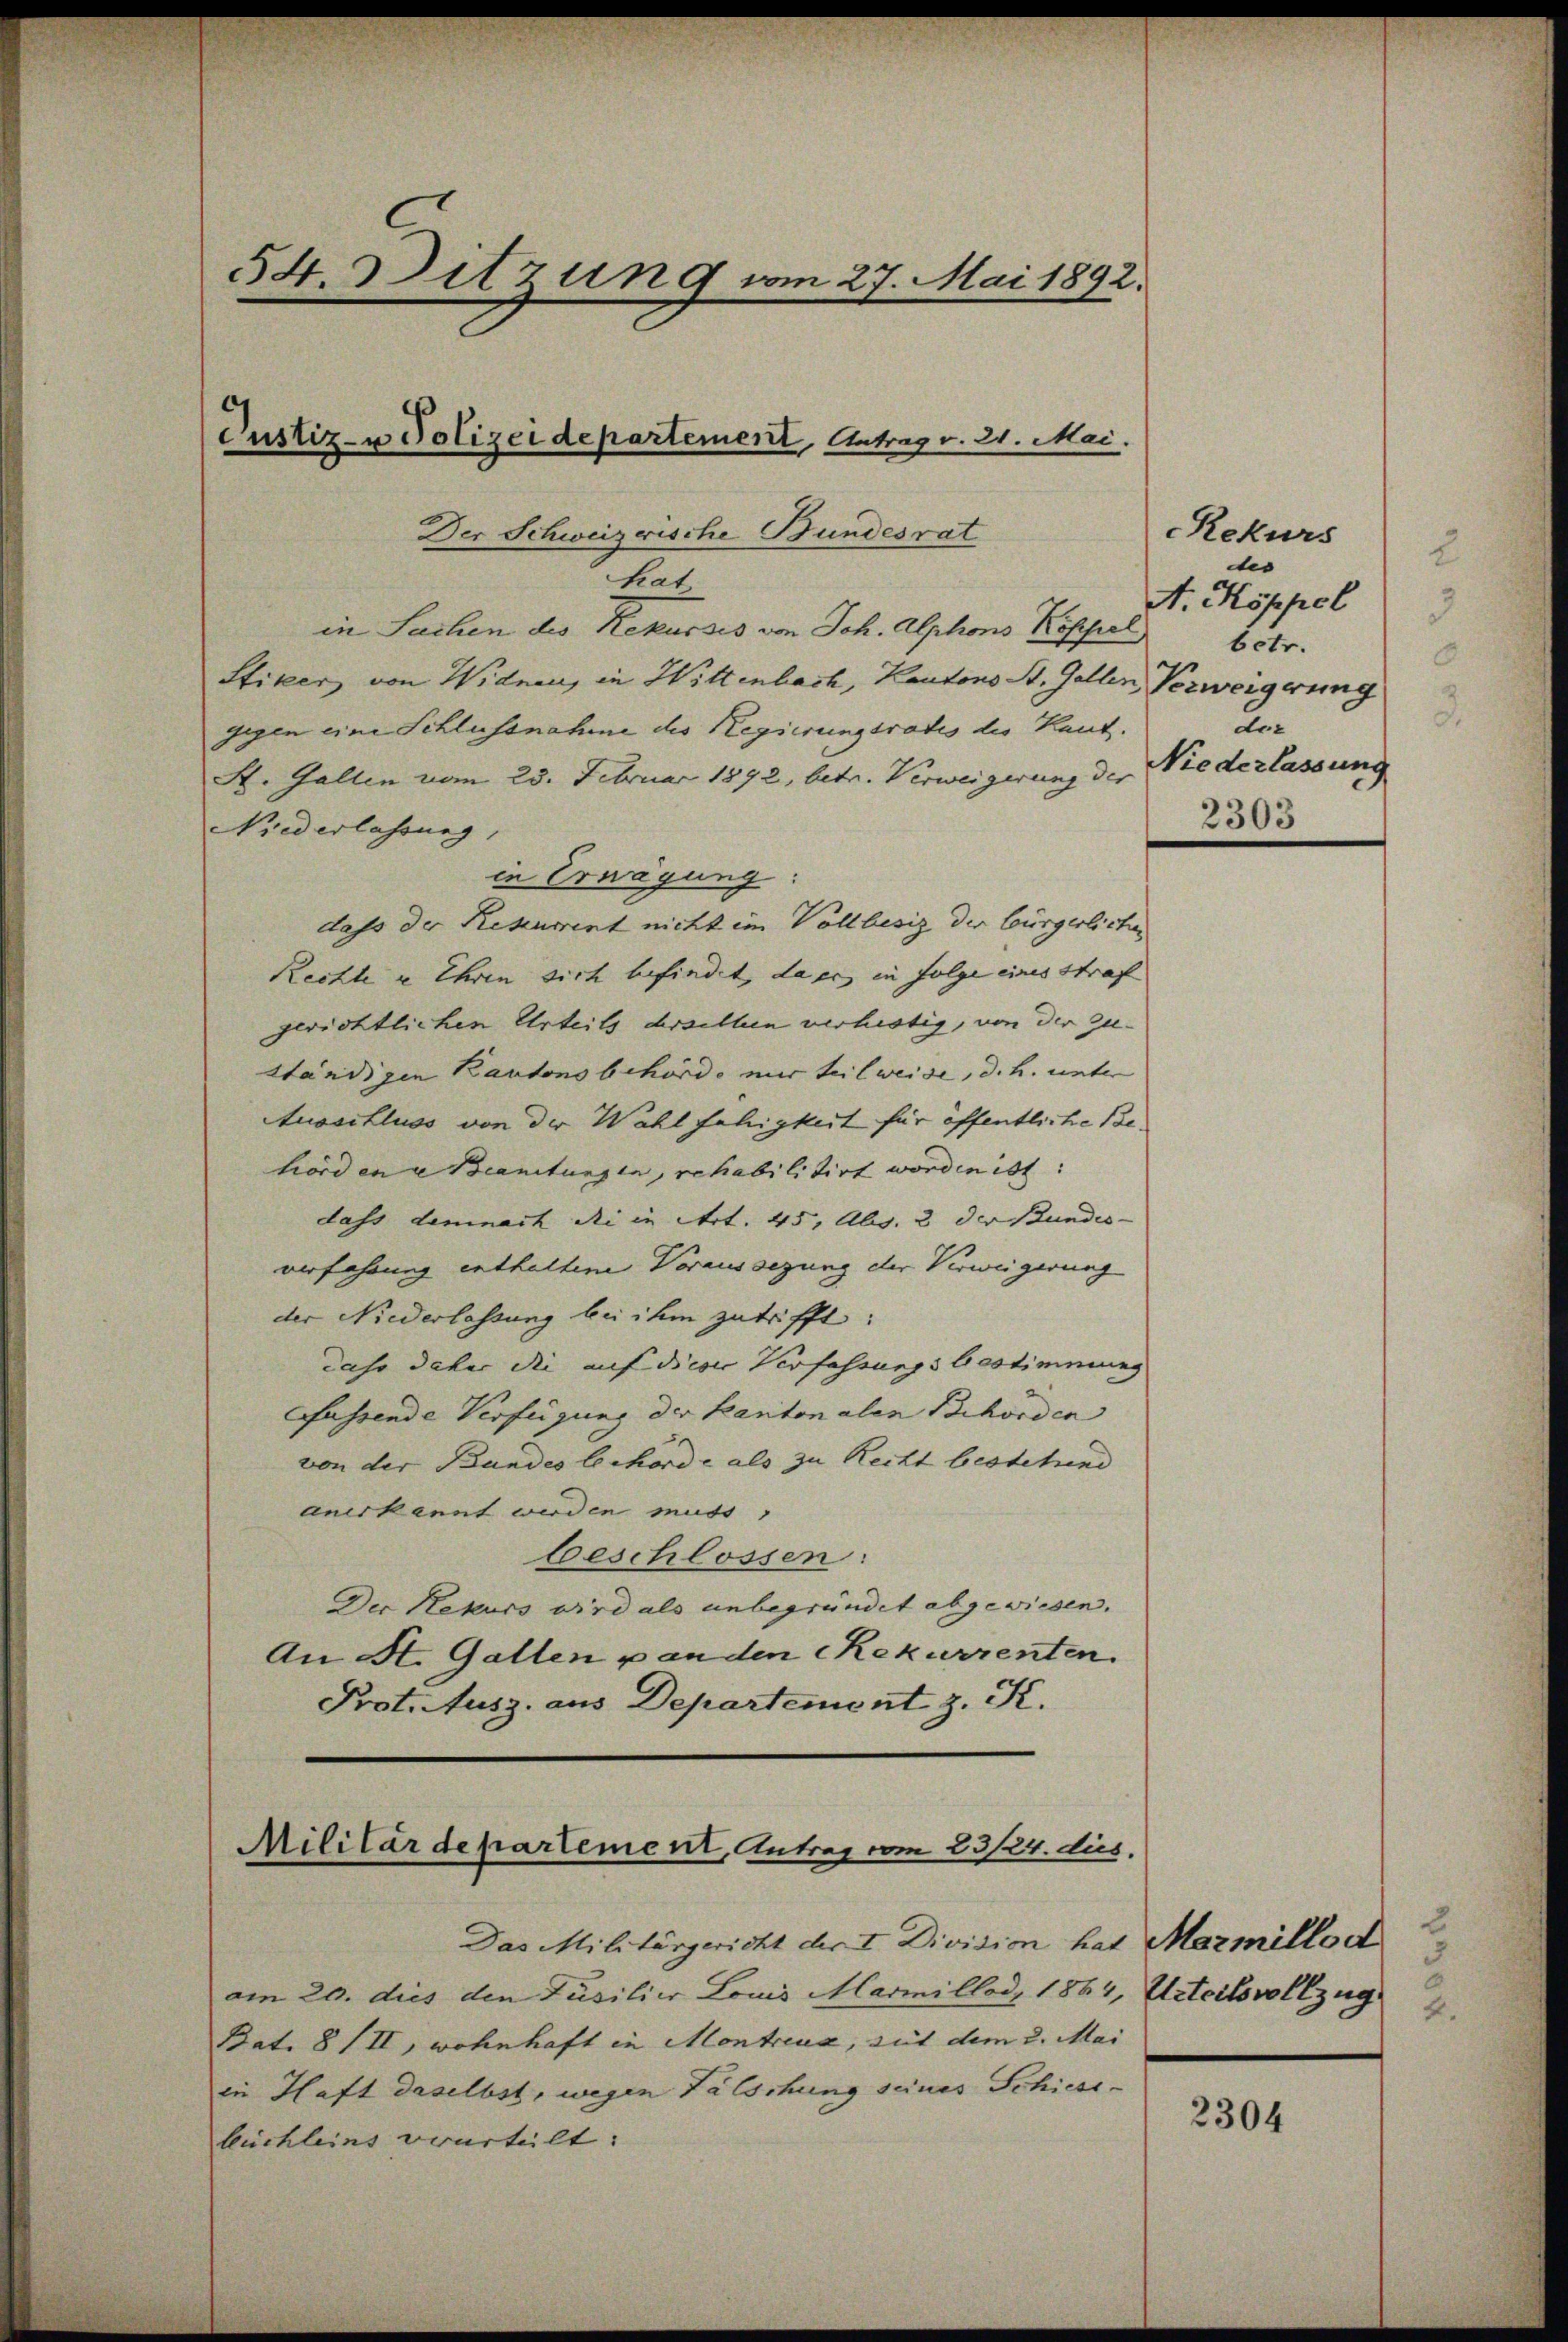
54 Ditzung vom 27. Mai 1892.

Der Schweizerische Bundesrat
hat
in Sachen des Rekurses von Joh. Alphons Koffel
Stiker von Widnen, in Wittenbach, Kantons St. Gallen, Verweigerung
gegen eine Schlussnahme des Regierungsrates des Kant.
St. Gallen vom 25. Februar 1892, betr. Verweigerung der
Niederlassung,
in Erwägung:
dass der Rekurrent nicht im Vollbesiz der bürgerlichen
Rechte u. Ihren sich befindet, da er in folge eines Straf
gerichtlichen Urteils derselben verhistig, von der Zuständigen Kantonsbehörde mir teilweise, d. h. unter
Ausschluss von der Wahlfähigkeit für öffentliche Behorden Beantungen, rehabilitirt worden ist:
dass demnach die in Art. 45, Abs. 2 der Bundes- |
verfahrung enthaltene Voraussezung der Verweigerung
der Niederlassung bei ihm zutrifft:
daso daher die auf diese Verfassungsbestimmung
Gfassende Verfügung der Kantonalen Behörden
von der Bundes behörde als zu Recht bestehend |
anerkannt wurden muss,
beschlossen:
Der Rekurs wird als unbegründet abgewiesen.
An St. Gatten u anden Rekurrenten.
Prot. Ausz. aus Departement z. K.

Justiz- u Polizeidepartement, Antrag v. 21. Mai.

Militärdepartement, Antrag vom 23/24. dies

Das Militärgericht der I. Division hat Marmillod
am 20. dies den Füsilier Louis Marillod, 1864, Urteilsvollzug
Bat. 8 (II, wohnhaft in Montreux, mit dem u. Mai
in Haft daselbst, wegen Fälschung seines Schiesibuchleins verurteilt. |

Rekurs
ddes
A. Koppel
betr.
der
Niederlassung

2303

2

2304